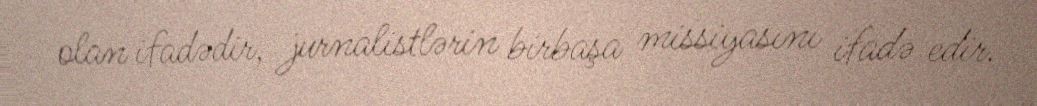
olan ifadədir, jurnalistlərin birbaşa missiyasını ifadə edir.